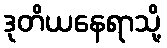
ဒုတိယနေရာသို့